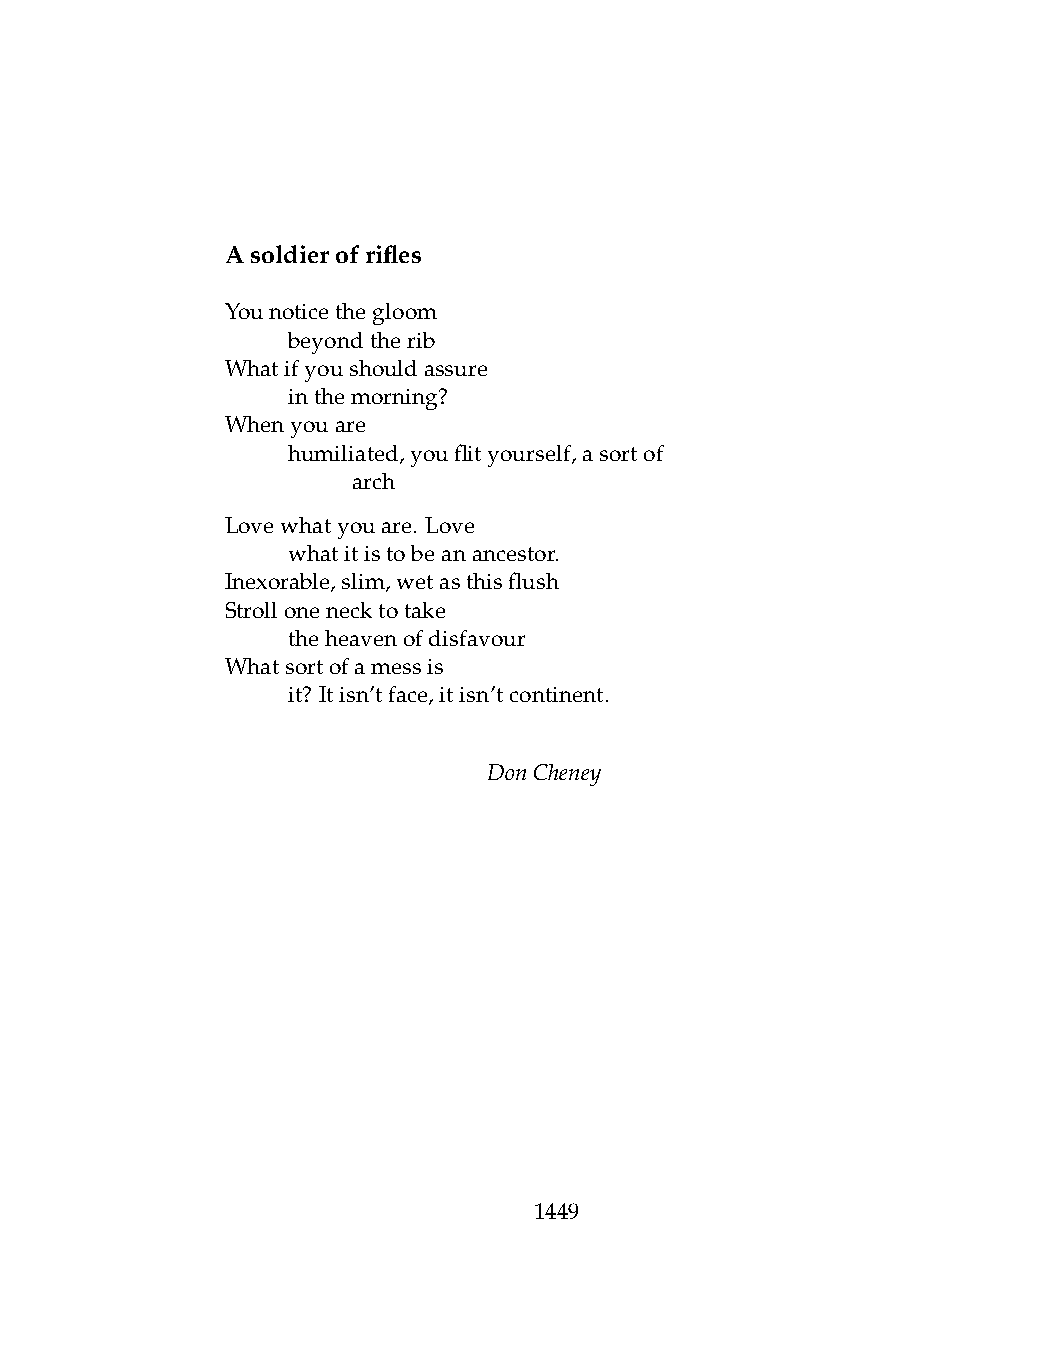
Asoldierofrifles
 Younoticethegloom
 .   beyondtherib
 Whatifyoushouldassure
 .   inthemorning?
 Whenyouare
 .   humiliated,youflityourself,asortof
 .   .   arch
 Lovewhatyouare. Love
 .   whatitistobeanancestor.
 Inexorable,slim,wetasthisflush
 Strollonenecktotake
 .   theheavenofdisfavour
 Whatsortofamessis
 .   it? Itisn’tface,itisn’tcontinent.
 DonCheney
 1449